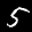
Label: 5